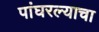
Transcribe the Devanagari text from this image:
पांघरल्याचा